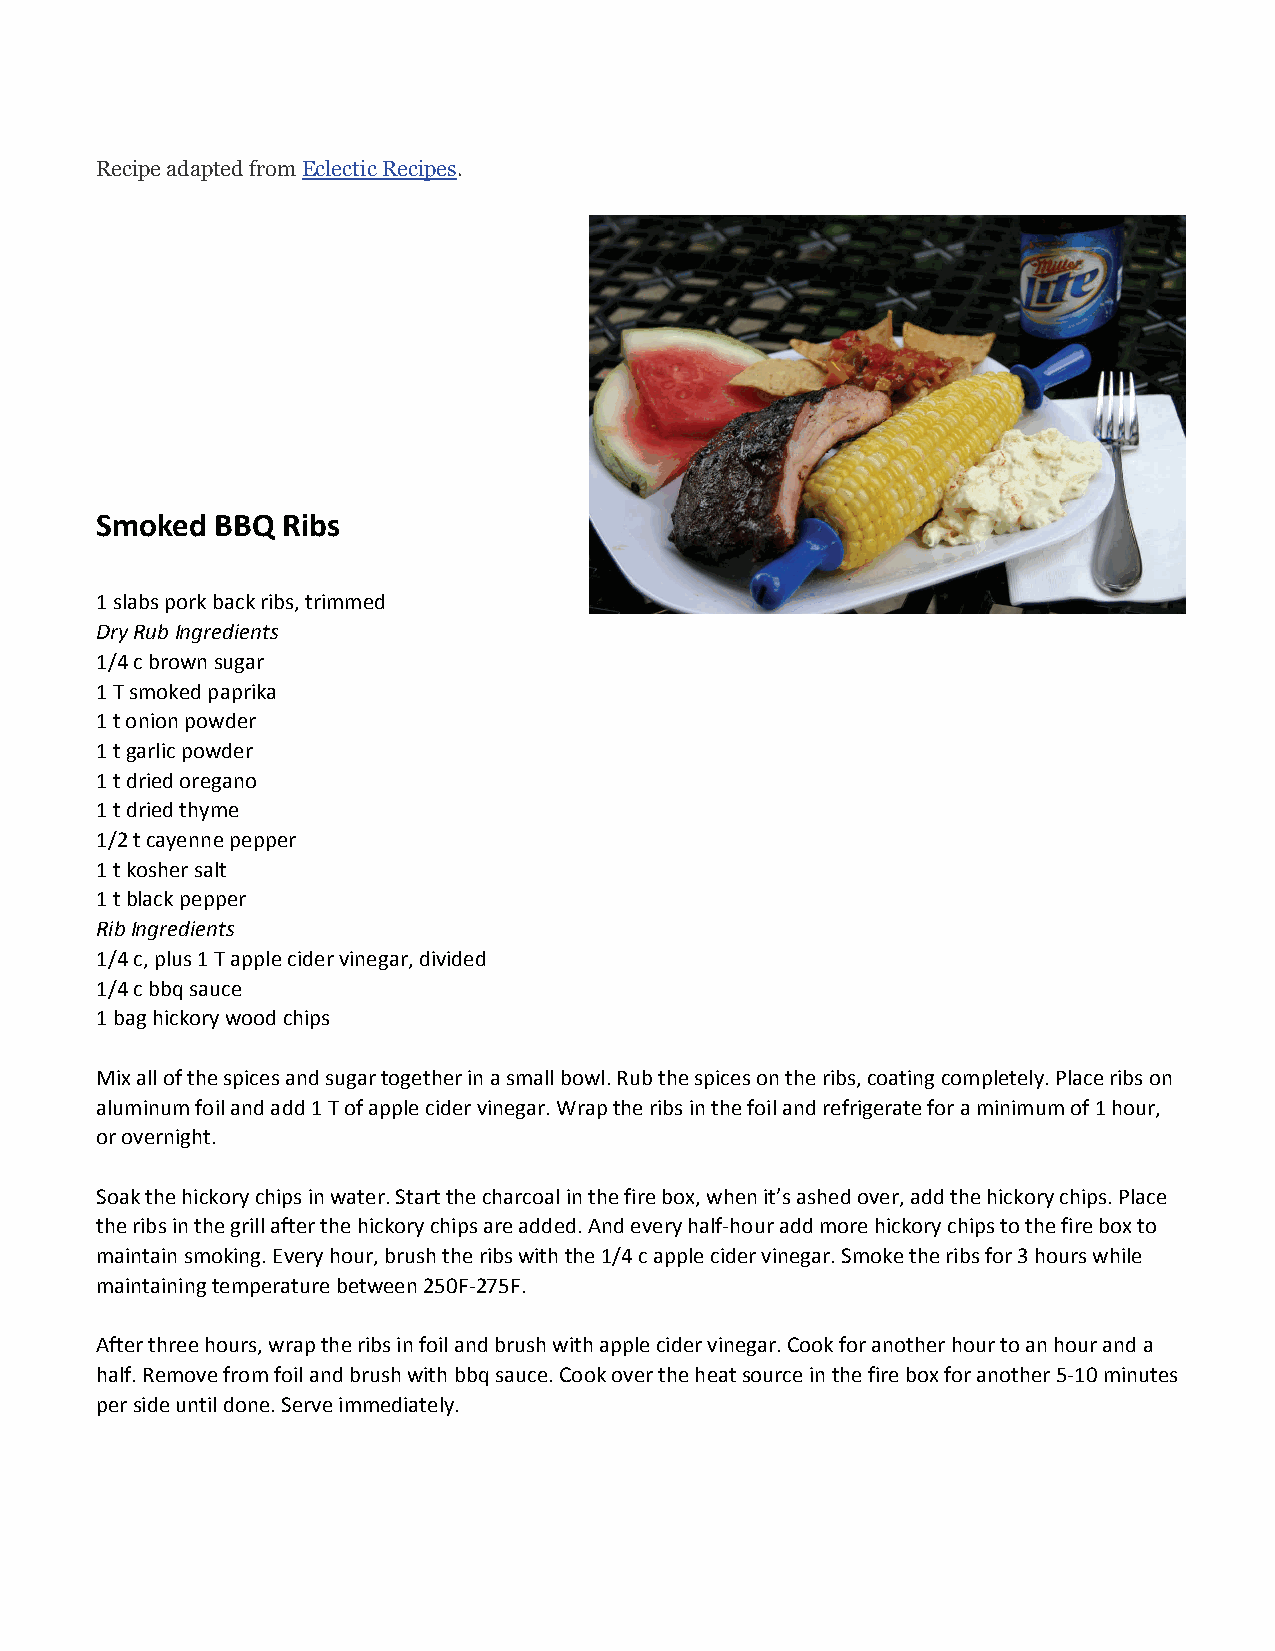
Recipe adapted from Eclectic Recipes.
 Smoked  BBQ  Ribs
 1 slabs pork back ribs, trimmed
 Dry Rub Ingredients
 1/4 c brown sugar
 1 T smoked paprika
 1 t onion powder
 1 t garlic powder
 1 t dried oregano
 1 t dried thyme
 1/2 t cayenne pepper
 1 t kosher salt
 1 t black pepper
 Rib Ingredients
 1/4 c, plus 1 T apple cider vinegar, divided
 1/4 c bbq sauce
 1 bag hickory wood chips
 Mix all of the spices and sugar together in a small bowl. Rub the spices on the ribs, coating completely. Place ribs on
 aluminum foil and add 1 T of apple cider vinegar. Wrap the ribs in the foil and refrigerate for a minimum of 1 hour,
 or overnight.
 Soak the hickory chips in water. Start the charcoal in the fire box, when it’s ashed over, add the hickory chips. Place
 the ribs in the grill after the hickory chips are added. And every half‐hour add more hickory chips to the fire box to
 maintain smoking. Every hour, brush the ribs with the 1/4 c apple cider vinegar. Smoke the ribs for 3 hours while
 maintaining temperature between 250F‐275F.
 After three hours, wrap the ribs in foil and brush with apple cider vinegar. Cook for another hour to an hour and a
 half. Remove from foil and brush with bbq sauce. Cook over the heat source in the fire box for another 5‐10 minutes
 per side until done. Serve immediately.